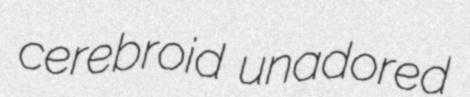
cerebroid unadored